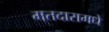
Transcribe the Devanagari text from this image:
मतदारामधे